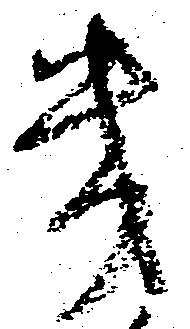
幾